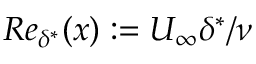
R e _ { \delta ^ { * } } ( x ) : = U _ { \infty } \delta ^ { * } / \nu